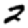
Digit: 2